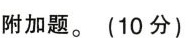
附加题。(10分)